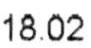
18.02